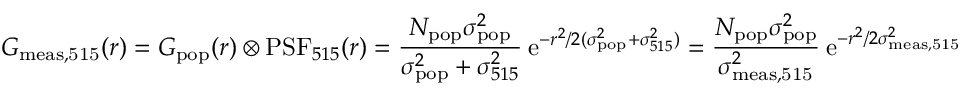
G _ { \mathrm { m e a s , 5 1 5 } } ( r ) = G _ { \mathrm { p o p } } ( r ) \otimes \mathrm { P S F } _ { 5 1 5 } ( r ) = \frac { N _ { \mathrm { p o p } } \sigma _ { \mathrm { p o p } } ^ { 2 } } { \sigma _ { \mathrm { p o p } } ^ { 2 } + \sigma _ { 5 1 5 } ^ { 2 } } \: \mathrm { e } ^ { - r ^ { 2 } / 2 ( \sigma _ { \mathrm { p o p } } ^ { 2 } + \sigma _ { 5 1 5 } ^ { 2 } ) } = \frac { N _ { \mathrm { p o p } } \sigma _ { \mathrm { p o p } } ^ { 2 } } { \sigma _ { \mathrm { m e a s , 5 1 5 } } ^ { 2 } } \: \mathrm { e } ^ { - r ^ { 2 } / 2 \sigma _ { \mathrm { m e a s , 5 1 5 } } ^ { 2 } }